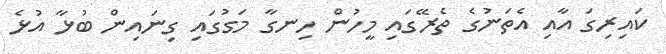
ކައިރިގަ އާއި އެތަނުގެ ތެރޭގައި މީހުން ހިނގާ މަގުގައި ގިނައިން ބުޅާ އުޅެ